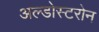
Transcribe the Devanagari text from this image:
अल्डोस्टरोन